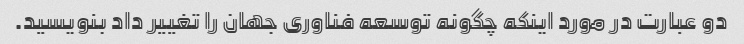
دو عبارت در مورد اینکه چگونه توسعه فناوری جهان را تغییر داد بنویسید.